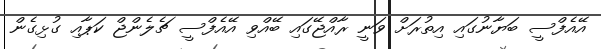
އޭއެފްސީ ބަޔާނުގައި އިތުރަށް ވަނީ ރާއްޖޭގައި ބޭއްވި އޭއެފްސީ ޗެލެންޖް ކަޕާއި ގުޅިގެން